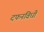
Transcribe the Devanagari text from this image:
दफनविधी